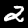
Label: 2